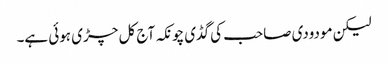
لیکن مودودی صاحب کی گڈی چونکہ آج کل چڑی ہوئی ہے۔